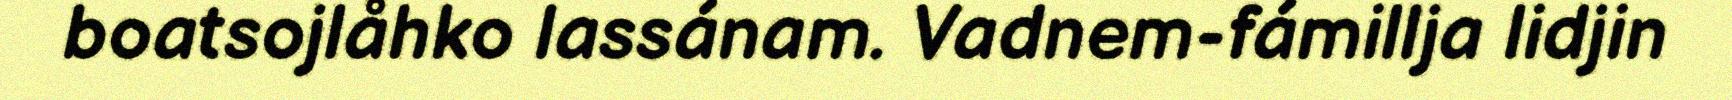
boatsojlåhko lassánam. Vadnem-fámillja lidjin